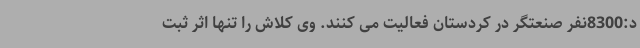
د:8300نفر صنعتگر در کردستان فعالیت می کنند. وی کلاش را تنها اثر ثبت